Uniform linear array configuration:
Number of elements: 48
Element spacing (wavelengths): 0.75
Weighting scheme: hann
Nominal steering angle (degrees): -60
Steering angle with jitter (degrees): -61.663
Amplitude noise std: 0.05
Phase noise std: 0.05

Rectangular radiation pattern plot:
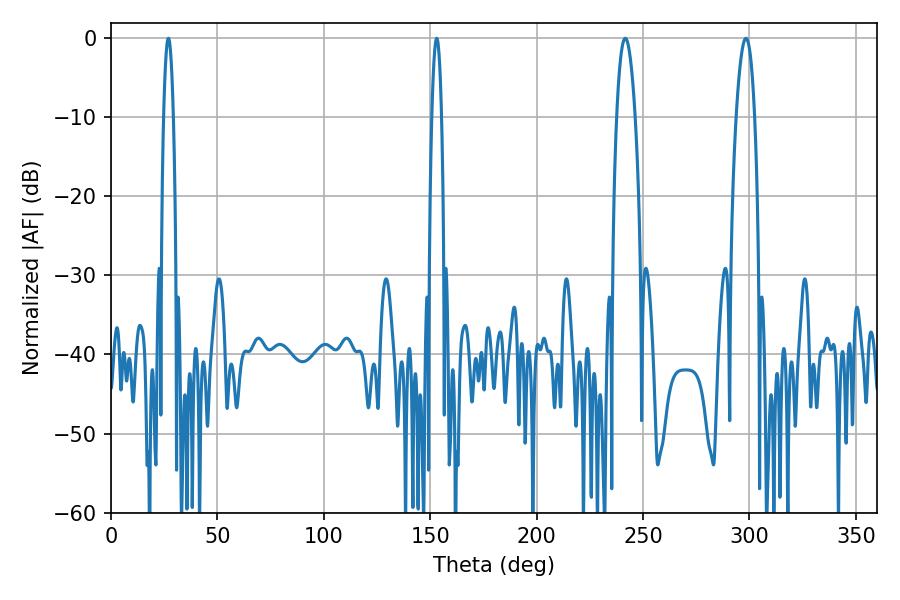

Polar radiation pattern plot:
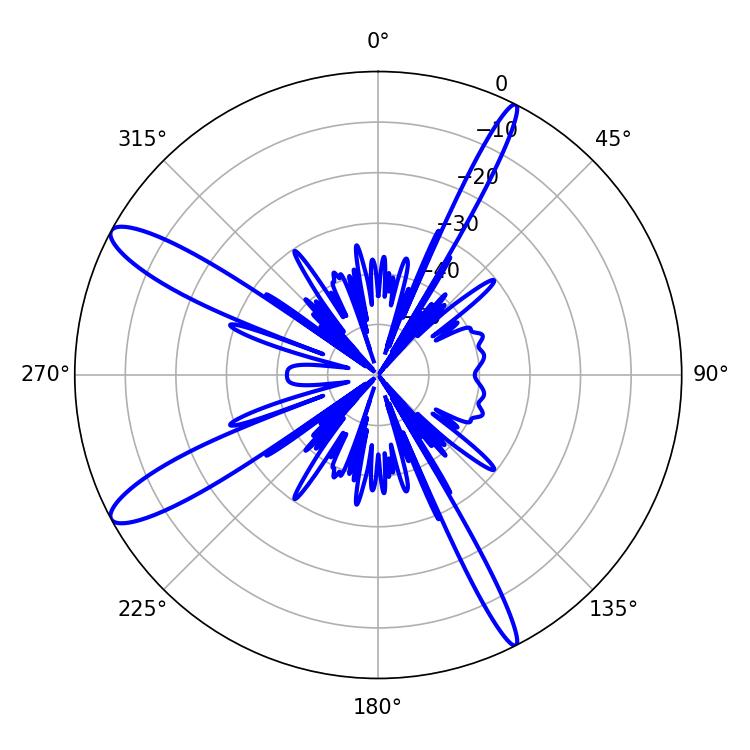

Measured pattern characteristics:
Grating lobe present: TRUE
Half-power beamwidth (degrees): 2.52
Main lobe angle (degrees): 27